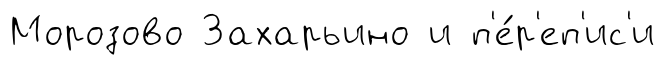
Морозово Захарьино и п'е́р'еп'ис'и